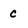
Character: c